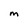
Character: M